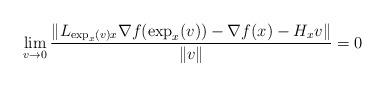
LaTeX: \begin{align*}\lim_{v\to 0}\frac{\|L_{\exp_{x}(v)x}\nabla f(\exp_{x}(v))-\nabla f(x)-H_{x}v\|}{\|v\|}=0\end{align*}